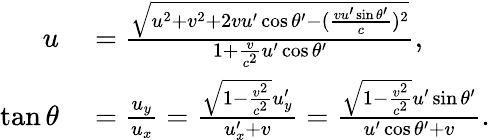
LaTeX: \begin{array}{rl}{u}&{{}={\frac{\sqrt{u^{2}+v^{2}+2vu^{\prime}\cos\theta^{\prime}-({\frac{vu^{\prime}\sin\theta^{\prime}}{c}})^{2}}}{1+{\frac{v}{c^{2}}}u^{\prime}\cos\theta^{\prime}}},}\\ {\tan\theta}&{{}={\frac{u_{y}}{u_{x}}}={\frac{{\sqrt{1-{\frac{v^{2}}{c^{2}}}}}u_{y}^{\prime}}{u_{x}^{\prime}+v}}={\frac{{\sqrt{1-{\frac{v^{2}}{c^{2}}}}}u^{\prime}\sin\theta^{\prime}}{u^{\prime}\cos\theta^{\prime}+v}}.}\end{array}